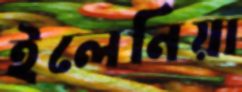
ইলেনিয়া